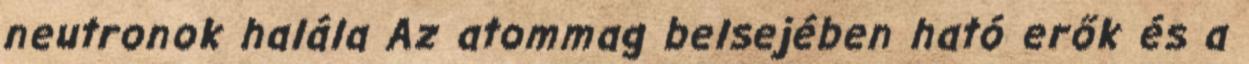
neutronok halála Az atommag belsejében ható erők és a